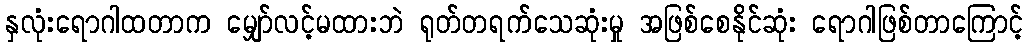
နှလုံးရောဂါထတာက မျှော်လင့်မထားဘဲ ရုတ်တရက်သေဆုံးမှု အဖြစ်စေနိုင်ဆုံး ရောဂါဖြစ်တာကြောင့်